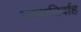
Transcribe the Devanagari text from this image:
प्रबधनिर्वाह